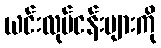
ယင်းလုပ်ငန်းများကို